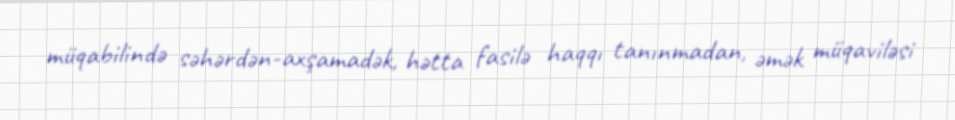
müqabilində səhərdən-axşamadək, hətta fasilə haqqı tanınmadan, əmək müqaviləsi